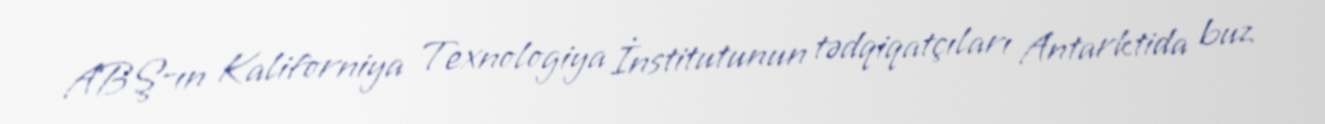
ABŞ-ın Kaliforniya Texnologiya İnstitutunun tədqiqatçıları Antarktida buz